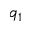
q _ { 1 }